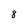
Character: 8